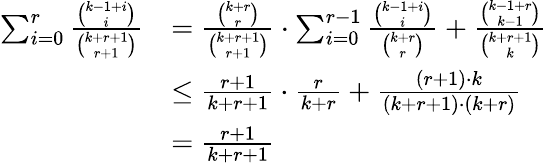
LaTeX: \begin{array}{rl}{\sum_{i=0}^{r}\frac{{\binom{k-1+i}{i}}}{{\binom{k+r+1}{r+1}}}}&{=\frac{{\binom{k+r}{r}}}{{\binom{k+r+1}{r+1}}}\cdot\sum_{i=0}^{r-1}\frac{{\binom{k-1+i}{i}}}{{\binom{k+r}{r}}}+\frac{{\binom{k-1+r}{k-1}}}{{\binom{k+r+1}{k}}}}\\ &{\leq\frac{r+1}{k+r+1}\cdot\frac{r}{k+r}+\frac{(r+1)\cdot k}{(k+r+1)\cdot(k+r)}}\\ &{=\frac{r+1}{k+r+1}}\end{array}